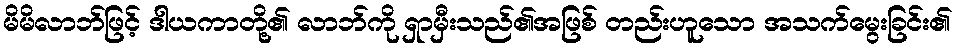
မိမိလာဘ်ဖြင့် ဒါယကာတို့၏ လာဘ်ကို ရှာမှီးသည်၏အဖြစ် တည်းဟူသော အသက်မွေးခြင်း၏